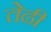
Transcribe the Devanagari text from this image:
तेढी